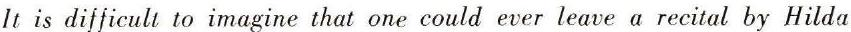
It is difficult to imagine that one could ever leave a recital by Hilda